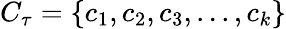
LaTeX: C_{\tau}=\{ c_{1},c_{2},c_{3},...,c_{k}\}